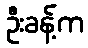
ဦးခန့်က